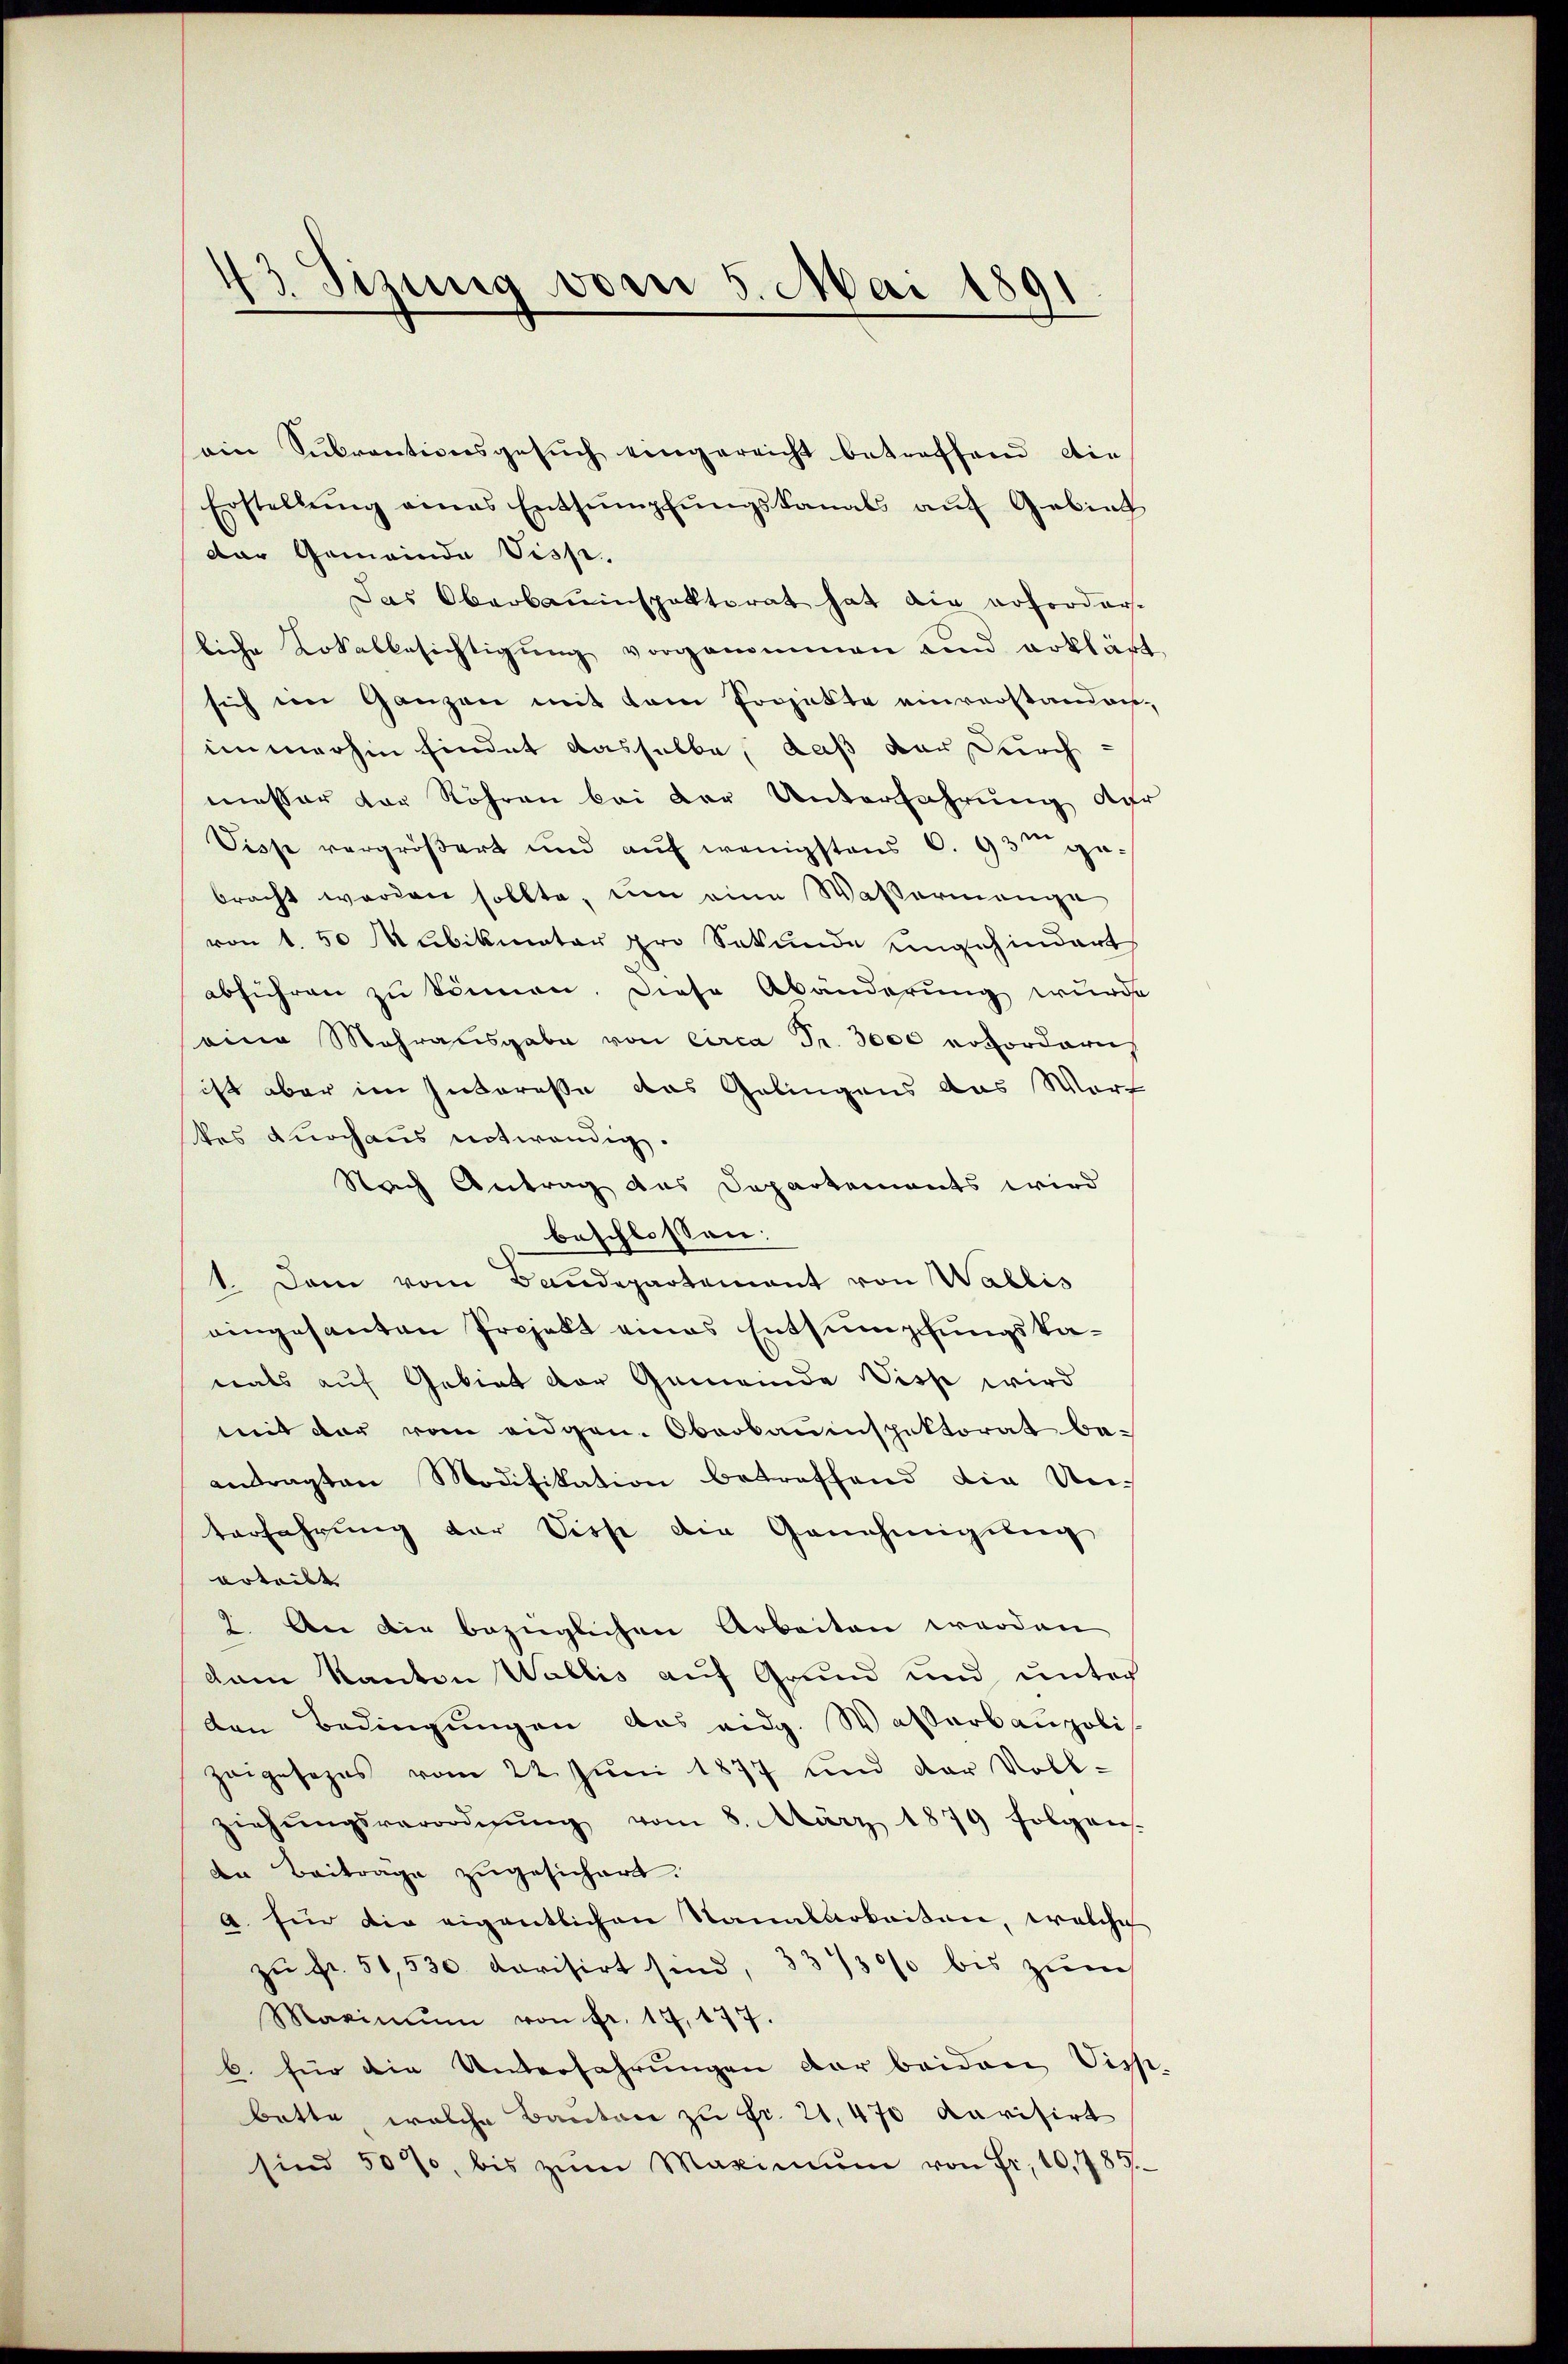
43. Sizung vom 5. Mai 1891

ein Sŭbventionsgesŭch eingereicht betreffend die
Erstellŭng eines Entsumpfŭngskanals aŭf Gebiet
der Gemeinde Viss.
Das Oberbauinspektorat hat die erforder-
liche Lokalbesichtigŭng vorgenommen und erklärt,
sich im Ganzen mit dem Projekte einverstandes-
immerhin findet dasselbe, daß der durch
messer vor Röhren bei der Unterfahrung der
Disse vergrößert und auf wenigstens C. 93ten gebracht worden sollte, um eine Wassermange
von 1. 50 Mubikmator pro Sekunde ungehindert
abführen zu können. Diese Abänderung wurde
eine Mehrausgabe von circa Fr. 3000 erfordern
ist aber im Interesse das Gelingens das Wort
tes durchaus notwendig.
Nach Antrag das Departements wird
beschlossen:
1. Dem vom Baudepartement von Wallis
eingesanten Projekt eines Entsumpfungskamals auf Gebiet der Gemeinde Visse wird
mit der vom eidgen. Oberbauinspektorat beantragten Modifikation betreffend die Unterfahrung der Disse die Genehmigung
erteilt.
). An die bezüglichen Arbeiten werden
dem Kanton Wallis auf Grund und unter
den Bedingungen das eidg. Wasserbaupoli
zeigesezes vom 22. Juni 1877 und der Voll-
ziehŭngsverordnŭng vom 8. März 1879 folgen.
den Beiträge zugesichert.
a. für die eigentlichen Sanatarkeiten, welche
zŭ fr. 51,530 dorisirt sind, 337/30% bis zum
Maximŭm von fr. 17, 177.
b. für die Unterfahrŭngen der beiden Vizs.
Batte, welche Canton zu Fr. 21. 470 karisirt
sind 50%, bis zŭm Maximŭm von Fr. 10,789.